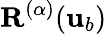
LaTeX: \mathbf{R}^{(\alpha)}({\mathbf{u}}_{b})